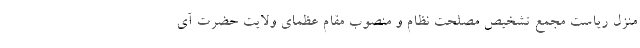
منزل ریاست مجمع تشخیص مصلحت نظام و منصوب مقام عظمای ولایت حضرت آی